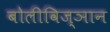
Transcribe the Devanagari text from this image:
बोलीविज्ञान